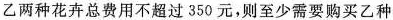
乙两种花卉总费用不超过 350 元，则至少需要购买乙种